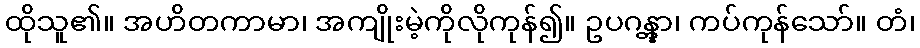
ထိုသူ၏။ အဟိတကာမာ၊ အကျိုးမဲ့ကိုလိုကုန်၍။ ဥပဂန္တွာ၊ ကပ်ကုန်သော်။ တံ၊